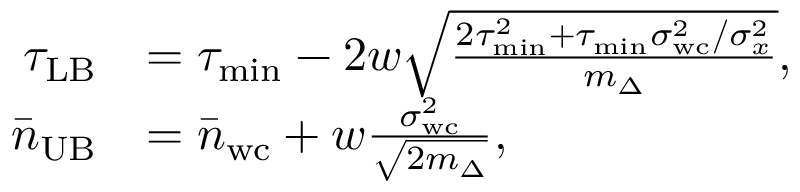
\begin{array} { r l } { \tau _ { \mathrm { L B } } } & { = \tau _ { \mathrm { m i n } } - 2 w \sqrt { \frac { 2 \tau _ { \mathrm { m i n } } ^ { 2 } + \tau _ { \mathrm { m i n } } \sigma _ { \mathrm { w c } } ^ { 2 } / \sigma _ { x } ^ { 2 } } { m _ { \Delta } } } , } \\ { \bar { n } _ { \mathrm { U B } } } & { = \bar { n } _ { \mathrm { w c } } + w \frac { \sigma _ { \mathrm { w c } } ^ { 2 } } { \sqrt { 2 m _ { \Delta } } } , } \end{array}